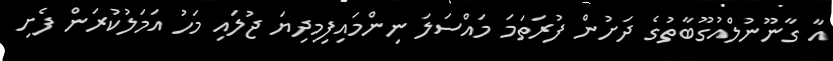
އާ ގާނޫނުލްއުގޫބާތުގެ ދަށުން ފުރަތަމަ މައްސަލަ ނިންމައިފިމިދިޔަ ޖުލައި މަހު އަމަލުކުރަން ފެށި